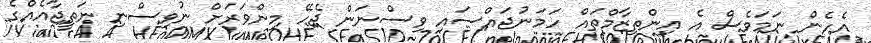
އެހެން ނަމަވެސް އެ އިންތިޒާމްތައް ހަމަނުޖައްސައި ވިސްނަން ޖެހޭ މިންވަރަށް ނުވިސްނި ނަތީޖާއެއްގެ